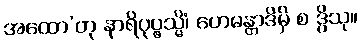
အထော’တု နာရိပုပ္ဖသ္မိံ၊ ဟေမန္တာဒိမှိ စ ဒွိသု။